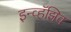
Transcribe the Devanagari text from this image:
इन्व्हॅझिव